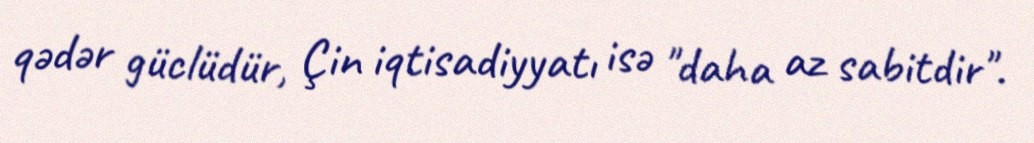
qədər güclüdür, Çin iqtisadiyyatı isə "daha az sabitdir".